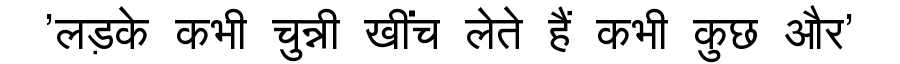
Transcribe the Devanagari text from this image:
'लड़के कभी चुन्नी खींच लेते हैं कभी कुछ और'